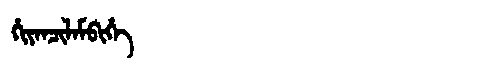
Manchu: ᡥᡳᠶᠠᠨᠴᡳᠯᠠᠮᠪᡳᡥᡝ
Romanization: HIYANCILAMBIHE